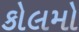
કોલમો